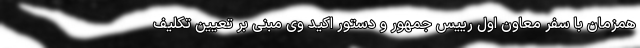
همزمان با سفر معاون اول رییس جمهور و دستور اکید وی مبنی بر تعیین تکلیف